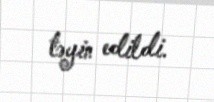
təyin edildi.